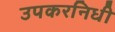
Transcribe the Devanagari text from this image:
उपकरनिधी